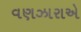
વણઝારાએ